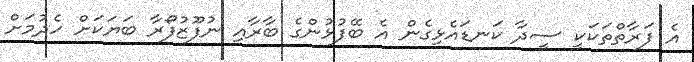
އެ ފަރާތްތަކަކީ ސީދާ ކަނޑައެޅިގެން އެ ބޭފުޅުންގެ ބާރާއި ނުފޫޒުފޯރާ ބަޔަކަށް ހެދުމަށް